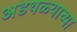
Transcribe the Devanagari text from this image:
अडथळ्याच्या